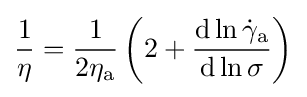
{\frac {1}{\eta }}={\frac {1}{2\eta _{\text{a}}}}\left(2+{\frac {\mathrm {d} \ln {{\dot {\gamma }}_{\text{a}}}}{\mathrm {d} \ln {\sigma }}}\right)